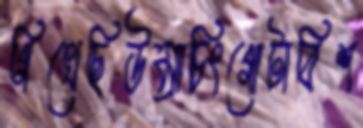
গিখেছিউম্রাচিংগোটাবিশ